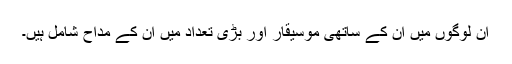
ان لوگوں میں ان کے ساتھی موسیقار اور بڑی تعداد میں ان کے مداح شامل ہیں۔